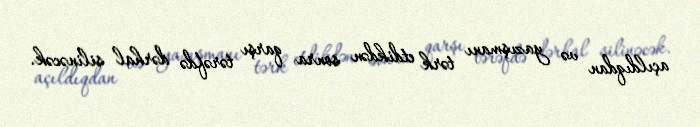
açıldıqdan və yazışmanı tərk etdikdən sonra qarşı tərəfdə dərhal silinəcək.